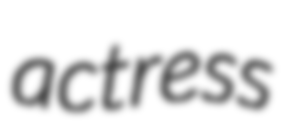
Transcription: actress